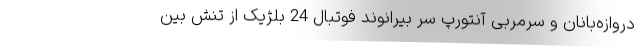
دروازه‌بانان و سرمربی آنتورپ سر بیرانوند فوتبال 24 بلژیک از تنش بین